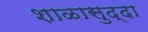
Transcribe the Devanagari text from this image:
शाळासुद्दा